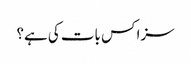
سزا کس بات کی ہے؟